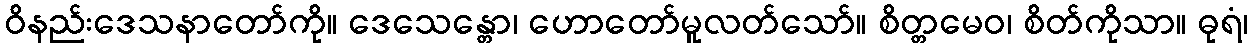
ဝိနည်းဒေသနာတော်ကို။ ဒေသေန္တော၊ ဟောတော်မူလတ်သော်။ စိတ္တမေဝ၊ စိတ်ကိုသာ။ ဓုရံ၊